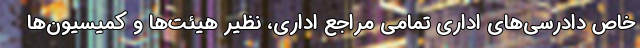
خاص دادرسی‌های اداری تمامی مراجع اداری، نظیر هیئت‌ها و کمیسیون‌ها